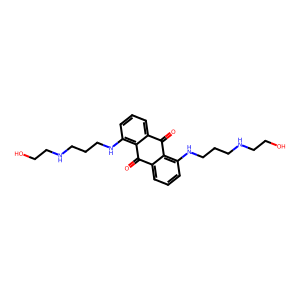
SMILES: O=C1c2cccc(NCCCNCCO)c2C(=O)c2cccc(NCCCNCCO)c21
Inhibits HIV replication: No